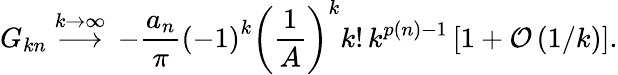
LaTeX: G_{kn}\stackrel{k\rightarrow\infty}{\longrightarrow}\, -\frac{a_{n}}{\pi}\left(-1\right)^{k}\left(\frac{1}{A}\right)^{k}k!\, k^{p(n)-1}\left[1+{\cal O}\left(1/k\right)\right].